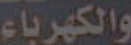
والكهرباء